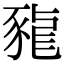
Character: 𧱠